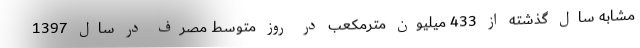
مشابه سال گذشته از 433 میلیون مترمکعب در روز متوسط مصرف در سال 1397